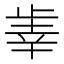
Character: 𰙫